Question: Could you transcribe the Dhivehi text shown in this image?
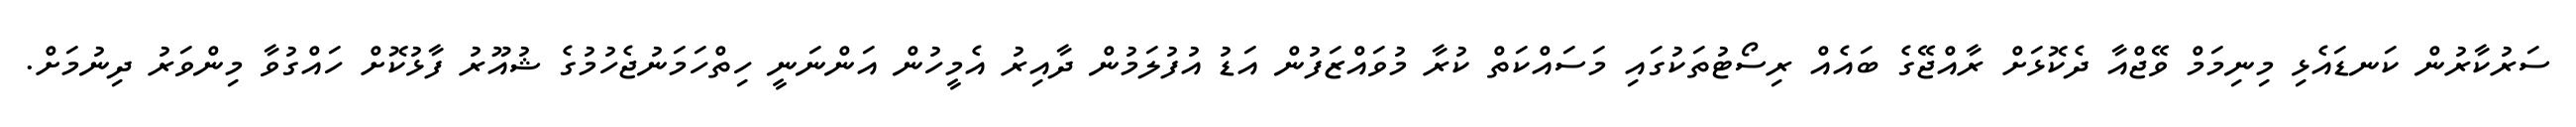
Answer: ސަރުކާރުން ކަނޑައެޅި މިނިމަމް ވޭޖްއާ ދެކޮޅަށް ރާއްޖޭގެ ބައެއް ރިސޯޓުތަކުގައި މަސައްކަތް ކުރާ މުވައްޒަފުން އަޑު އުފުލަމުން ދާއިރު އެމީހުން އަންނަނީ ހިތްހަމަނުޖެހުމުގެ ޝުއޫރު ފާޅުކޮށް ހައްގުވާ މިންވަރު ދިނުމަށް.